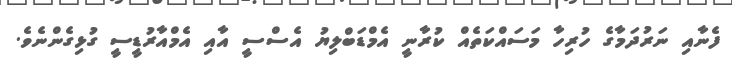
ފެނާއި ނަރުދަމާގެ ހުރިހާ މަސައްކަތެއް ކުރާނީ އެމްޑަބްލިޔު އެސްސީ އާއި އެމްއާރުޑީސީ ގުޅިގެންނެވެ.